Indian Civil Veterinary Department memoirs
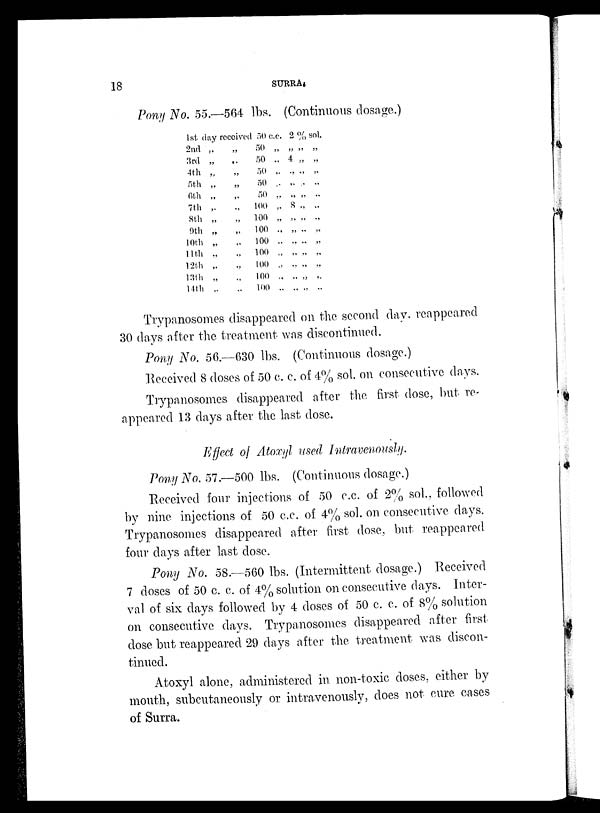
18
SURRA.
Pony No. 55.—564 lbs. (Continuous dosage.)
1st day received 50 c.c. 2 % sol.
2nd „
3rd „
4th „
5th „
6th „
7th „
8th „
9th „
10th „
11th „
12th „
13th „
14th „
„
„
„
„
„
„
„
„
„
„
„
„
„
50
50
50
50
50
100
100
100
100
100
100
100
100
„ „ „ „
„ „ „ „
„ „ „ „
„ „ „ „
„ „ „ „
„ „ „ „
„ „ „ „
„ „ „ „
„ „ „ „
„ „ „ „
„ „ „ „
„ „ „ „
„ „ „ „
Trypanosomes disappeared on the second day. reappeared
30 days after the treatment was discontinued.
Pony No. 56.—630 lbs. (Continuous dosage.)
Received 8 doses of 50 c. c. of 4% sol. on consecutive days.
Trypanosomes disappeared after the first dose, but re-
appeared 13 days after the last dose.
Effect of Atoxyl used Intravenously.
Pony No. 57.—500 lbs. (Continuous dosage.)
Received four injections of 50 c.c. of 2% sol. followed
by nine injections of 50 c.c. of. 4% sol. on consecutive days.
Trypanosomes disappeared after first dose, but reappeared
four days after last dose.
Pony No. 58.—560 lbs. (Intermittent dosage.) Received
7 doses of 50 c. c. of 4% solution on consecutive days. Inter-
val of six days followed by 4 doses of 50 c. c. of 8% solution
on consecutive days. Trypanosomes disappeared after first
dose but reappeared 29 days after the treatment was discon-
tinued.
Atoxyl alone, administered in non-toxic doses, either by
month, subcutaneously or intravenously, does not cure cases
of Surra.